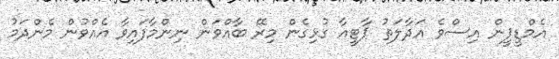
އެމްޑީޕީން އިސްވެ އަދާލަތު ޕާޓީއާ ގުޅިގެން މިރޭ ބާއްވަން ނިންމާފައިވާ އެއްވުން މެންދަމު